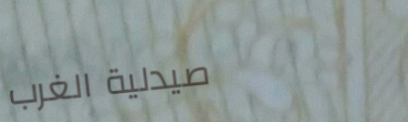
صيدلية الغرب